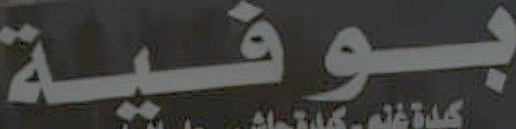
بوفية